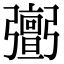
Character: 𢐹